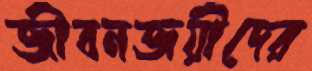
জীবনজয়ীদের